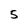
Character: 5